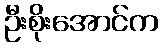
ဦးစိုးအောင်က